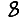
Digit: 8